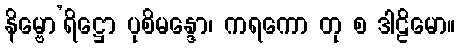
နိမ္ဗော’ရိဋ္ဌော ပုစိမန္ဒော၊ ကရကော တု စ ဒါဠိမော။